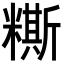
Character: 𥼤